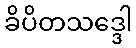
ခိပိတသဒ္ဒေါ